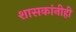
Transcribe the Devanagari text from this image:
शासकांनीही